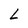
Character: L